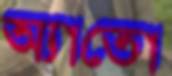
অ্যাতো